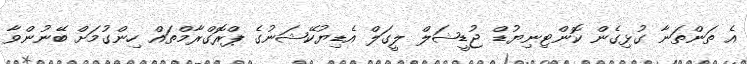
އެ ތަންތަނާ ގުޅިގެން ކޮންޓިނިޔުޑް ޖުޑީޝަލް ލީގަލް އެޑިޔުކޭޝަނުގެ ޕްރޮގްރާމްތައް ހިންގުމަށް ބޭނުންވާ